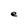
Character: e